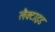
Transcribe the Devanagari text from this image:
लैक्टाइड